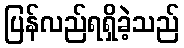
ပြန်လည်ရရှိခဲ့သည်